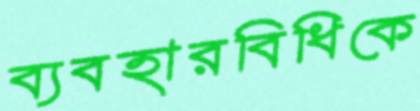
ব্যবহারবিধিকে